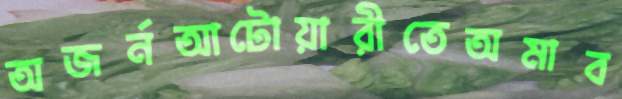
অজর্নআটোয়ারীতেঅমাব